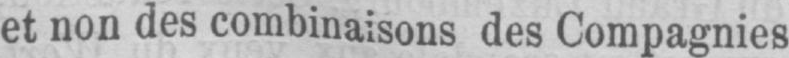
et non des combinaisons des Compagnies